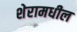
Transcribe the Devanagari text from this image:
शेरामधील